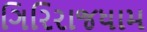
ગિરિરાજધામ